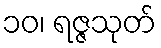
၁၀၊ ရဇ္ဇသုတ်